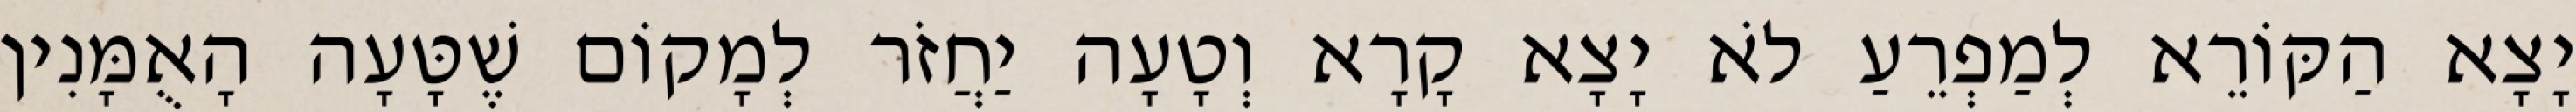
יָצָא הַקּוֹרֵא לְמַפְרֵעַ לֹא יָצָא קָרָא וְטָעָה יַחֲזֹר לְמָקוֹם שֶׁטָּעָה הָאֻמָּנִין